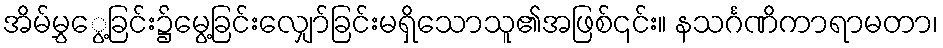
အိမ်မွှွေ့ခြင်း၌မွေ့ခြင်းလျှော်ခြင်းမရှိသောသူ၏အဖြစ်၎င်း။ နသင်္ဂဏိကာရာမတာ၊